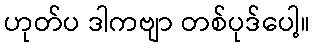
ဟုတ်ပ ဒါကဗျာ တစ်ပုဒ်ပေါ့။